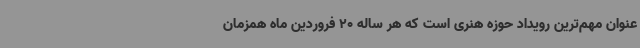
عنوان مهم‌ترین رویداد حوزه هنری است که هر ساله 20 فروردین ماه همزمان